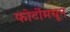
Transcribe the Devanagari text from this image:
फोटोंमधून